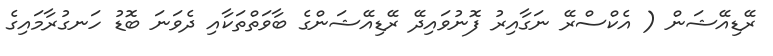
ރޭޑިއޭޝަން ( އެކްސްރޭ ނަގާއިރު ފޮނުވައިދޭ ރޭޑިއޭޝަންގެ ބާވަތްތަކާއި ދެވަނަ ބޮޑު ހަނގުރާމައިގެ